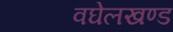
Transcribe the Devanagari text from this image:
वघेलखण्ड